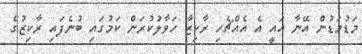
މަޑުމަޑުން އޭނާ އައީ އެ އެއްޗެހި ރާކިޒާ ހަވާލުކުރަން ކަމުގައި ބުނެފައި ރާކިޒުގެ